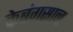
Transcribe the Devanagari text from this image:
केबंगसान